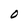
Character: O